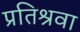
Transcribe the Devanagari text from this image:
प्रतिश्रवा